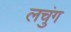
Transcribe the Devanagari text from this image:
लचुंग